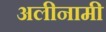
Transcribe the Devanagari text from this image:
अलीनामी